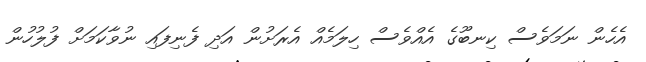
އެހެން ނަމަވެސް ކިނބޫގެ އެއްވެސް ހިލަމެއް އެރަށުން އަދި ފެނިފައި ނުވާކަމަށް ފުލުހުން